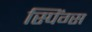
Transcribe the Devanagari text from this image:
स्पिंग्स